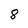
Character: 8